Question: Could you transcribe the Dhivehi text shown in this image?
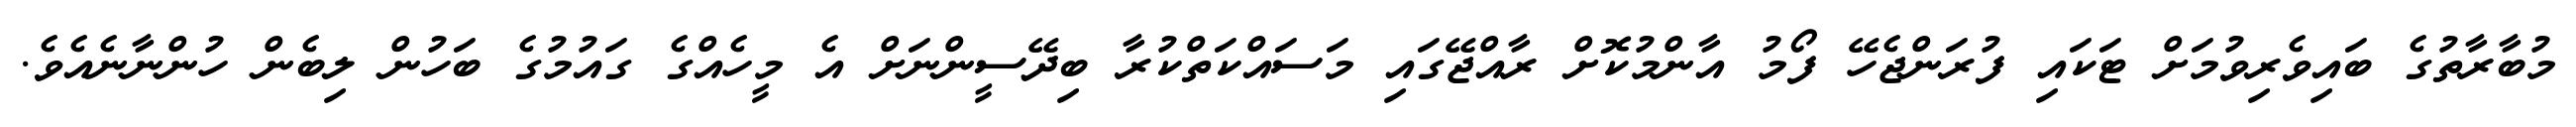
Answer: މުބާރާތުގެ ބައިވެރިވުމަށް ޓަކައި ފުރަންޖެހޭ ފޯމު އާންމުކޮށް ރާއްޖޭގައި މަސައްކަތްކުރާ ބިދޭސީންނަށް އެ މީހެއްގެ ގައުމުގެ ބަހުން ލިބެން ހުންނާނެއެވެ.